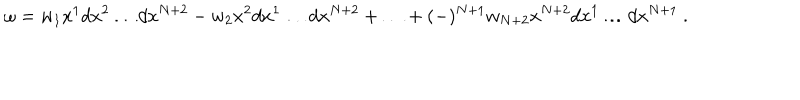
\omega = w _ { 1 } x ^ { 1 } d x ^ { 2 } \ldots d x ^ { N + 2 } - w _ { 2 } x ^ { 2 } d x ^ { 1 } \ldots d x ^ { N + 2 } + \ldots + ( - ) ^ { N + 1 } w _ { N + 2 } x ^ { N + 2 } d x ^ { 1 } \ldots d x ^ { N + 1 } ~ .